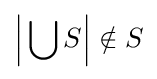
{\Bigl |}\bigcup S{\Bigr |}\notin S